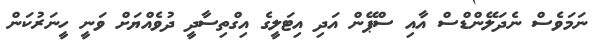
ނަމަވެސް ނެދަލޭންޑްސް އާއި ސްޕޭން އަދި އިޓަލީގެ އިގްތިސާދީ ދުވެއްޔަށް ވަނީ ހީނަރުކަން